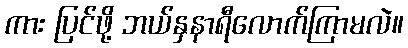
ကား ပြင်ဖို့ ဘယ်နှနာရီလောက်ကြာမလဲ။